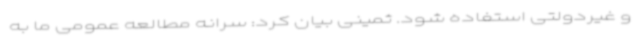
و غیردولتی استفاده شود. ثمینی بیان کرد: سرانه مطالعه عمومی ما به